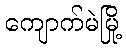
ကျောက်မဲမြို့